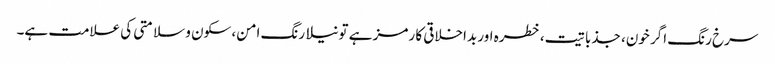
سرخ رنگ اگر خون، جذباتیت، خطرہ اور بداخلاقی کا رمز ہے تو نیلا رنگ امن، سکون و سلامتی کی علامت ہے۔